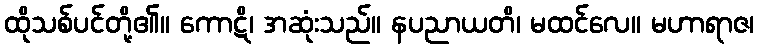
ထိုသစ်ပင်တို့၏။ ကောဋိ၊ အဆုံးသည်။ နပညာယတိ၊ မထင်လေ။ မဟာရာဇ၊